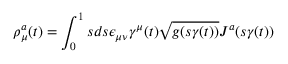
\rho _ { \mu } ^ { a } ( t ) = \int _ { 0 } ^ { 1 } s d s \epsilon _ { \mu \nu } \gamma ^ { \mu } ( t ) \sqrt { g ( s \gamma ( t ) ) } J ^ { a } ( s \gamma ( t ) )